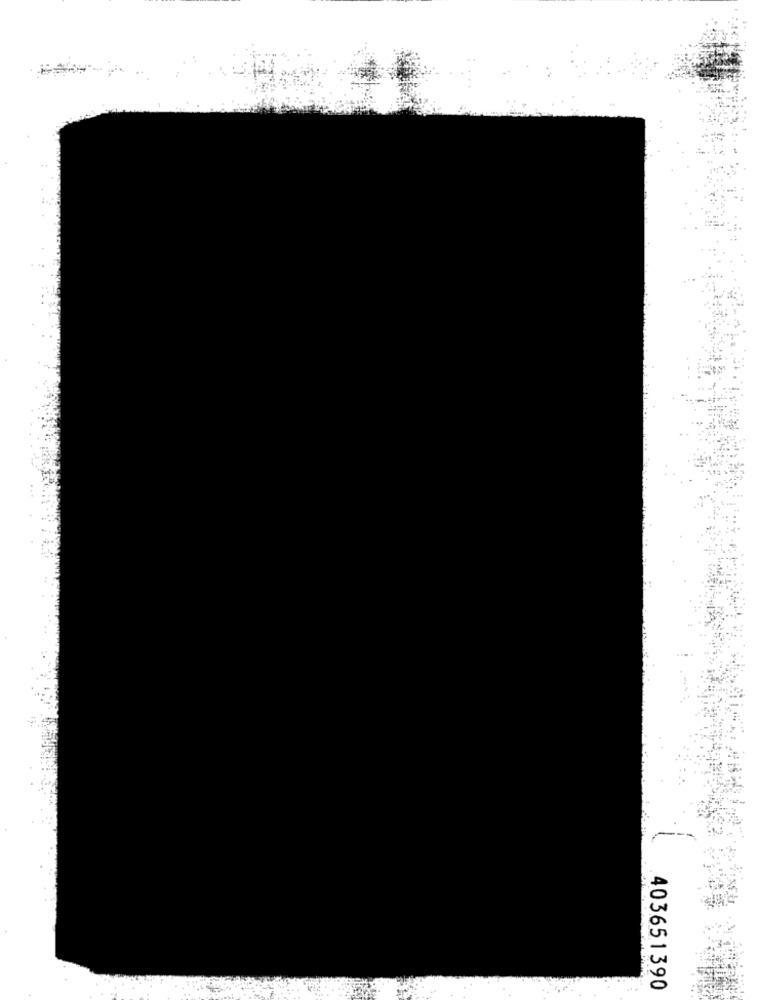
403651390